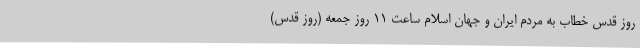
روز قدس خطاب به مردم ایران و جهان اسلام ساعت ۱۱ روز جمعه (روز قدس)